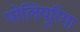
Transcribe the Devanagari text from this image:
पोलियूरिया